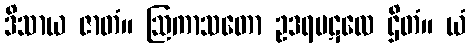
ဒိသာယ ဇာတံ။ ဩကာသတော ဥဒရပဋလေ ဌိတံ။ ယံ